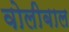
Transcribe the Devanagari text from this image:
वोलीबाल